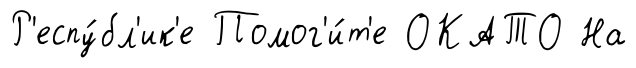
Р'еспу́бл'ик'е Помог'и́т'е ОКАТО На